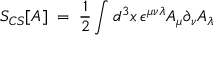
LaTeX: S _ { C S } [ A ] \; = \; \frac { 1 } { 2 } \int d ^ { 3 } x \, \epsilon ^ { \mu \nu \lambda } A _ { \mu } \partial _ { \nu } A _ { \lambda }